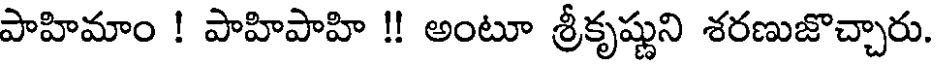
పాహిమాం ! పాహిపాహి !! అంటూ శ్రీకృష్ణుని శరణుజొచ్చారు.